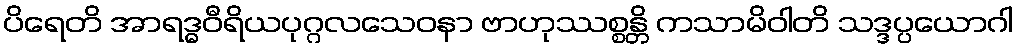
ပိရေတိ အာရဒ္ဓဝီရိယပုဂ္ဂလသေဝနာ ဗာဟုဿစ္စန္တိ ကသာမိဝါတိ သဒ္ဒပ္ပယောဂါ